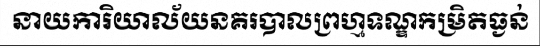
នាយការិយាល័យនគរបាលព្រហ្មទណ្ឌកម្រិតធ្ងន់